Vaccination in Bombay 1869-1873 - 1869-1873
Year: 1869
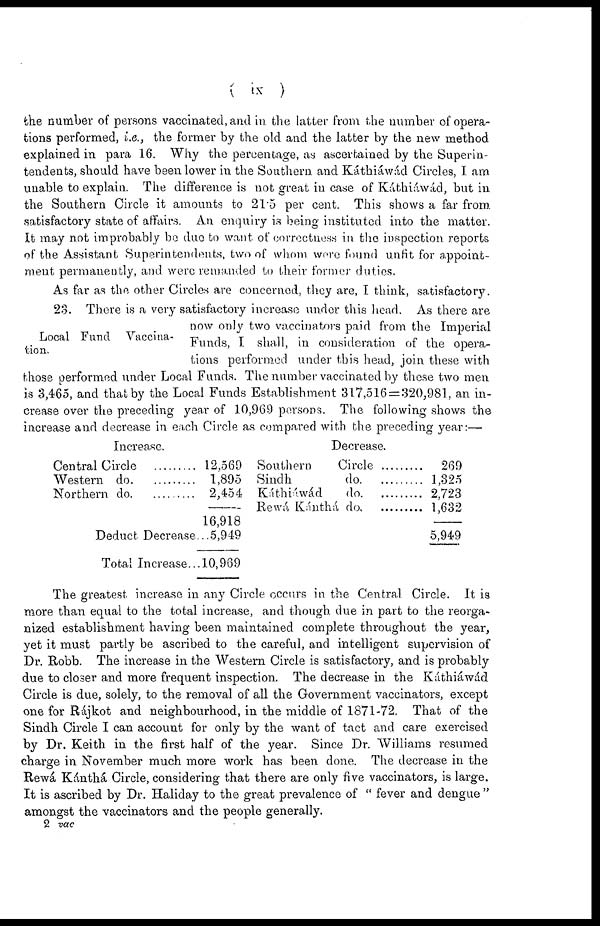
( ix )
the number of persons vaccinated, and in the latter from the number of opera-
tions performed, i.e., the former by the old and the latter by the new method
explained in para 16. Why the percentage, as ascertained by the Superin-
tendents, should have been lower in the Southern and Káthiáwád Circles, I am
unable to explain. The difference is not great in case of Káthiáwád, but in
the Southern Circle it amounts to 21.5 per cent. This shows a far from
satisfactory state of affairs. An enquiry is being instituted into the matter.
It may not improbably be due to want of correctness in the inspection reports
of the Assistant Superintendents, two of whom were found unfit for appoint-
ment permanently, and were remanded to their former duties.
As far as the other Circles are concerned, they are, I think, satisfactory.
Local Fund Vaccina-
tion.
23. There is a very satisfactory increase under this head. As there are
now only two vaccinators paid from the Imperial
Funds, I. shall, in consideration of the opera-
tions performed under this head, join these with
those performed under Local Funds. The number vaccinated by these two men
is 3,465, and that by the Local Funds Establishment 317,516 = 320,981, an in-
crease over the preceding year of 10,969 persons. The following shows the
increase and decrease in each Circle as compared with the preceding year:—
Increase.
Central Circle
Western do. ......
Northern do.
...
Deduct Decrease.......
Total Increase..
12,569
1,895
2,454
16,918
5,949
10,969
Decrease.
Southern Circle .........
Sindh do .........
Káthiáwád
do
269
1,325
2 723
1 632
5,949
The greatest increase in any Circle occurs in the Central Circle. It is
more than equal to the total increase, and though due in part to the reorga-
nized establishment having been maintained complete throughout the year,
yet it must partly be ascribed to the careful, and intelligent supervision of
Dr. Robb. The increase in the Western Circle is satisfactory, and is probably
due to closer and more frequent inspection. The decrease in the Káthiáwád
Circle is due, solely, to the removal of all the Government vaccinators, except
one for Rájkot and neighbourhood, in the middle of 1871-72. That of the
Sindh Circle I can account for only by the want of tact and care exercised
by Dr. Keith in the first half of the year. Since Dr. Williams resumed
charge in November much more work has been done. The decrease in the
Rewá Kánthá Circle, considering that there are only five vaccinators, is large.
It is ascribed by Dr. Haliday to the great prevalence of " fever and dengue "
amongst the vaccinators and the people generally.
2 vac